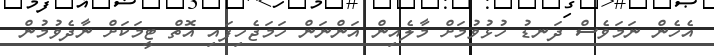
އެހެން ނަމަވެސް ދަނޑު ހުޅުވުމަށް މާލެއިން އަންނަން ހަމަޖެހިފައި އޮތް ޓީމަކަށް ނާދެވުމުން